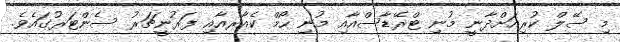
މި ސޭލް ކުރިއަށްދާނީ މުނި ޓްރޭޑާސްއާއި މުނި ހޯމް ކެއާރއާއި ފަރުނީޗަރު ސެންޓަރުގައެވެ.